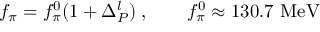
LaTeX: f _ { \pi } = f _ { \pi } ^ { 0 } ( 1 + \Delta _ { P } ^ { l } ) \; , \qquad f _ { \pi } ^ { 0 } \approx 1 3 0 . 7 ~ \mathrm { M e V }